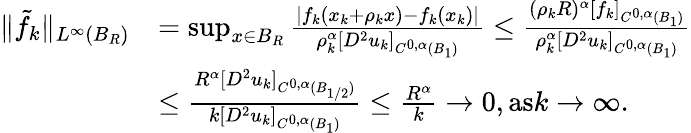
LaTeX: \begin{array}{rl}{\| \tilde{f}_{k}\| _{L^{\infty}(B_{R})}}&{=\operatorname*{sup}_{x\in B_{R}}\frac{|f_{k}(x_{k}+\rho_{k}x)-f_{k}(x_{k})|}{\rho_{k}^{\alpha}[D^{2}u_{k}]_{C^{0,\alpha}(B_{1})}}\le\frac{(\rho_{k}R)^{\alpha}[f_{k}]_{C^{0,\alpha}(B_{1})}}{\rho_{k}^{\alpha}[D^{2}u_{k}]_{C^{0,\alpha}(B_{1})}}}\\ &{\le\frac{R^{\alpha}[D^{2}u_{k}]_{C^{0,\alpha}(B_{1/2})}}{k[D^{2}u_{k}]_{C^{0,\alpha}(B_{1})}}\le\frac{R^{\alpha}}{k}\to 0,\textrm{as}k\to\infty.}\end{array}